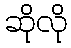
ဆိုလို